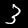
Digit: 3